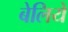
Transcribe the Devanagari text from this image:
बेलिये